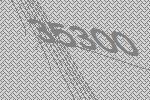
35300